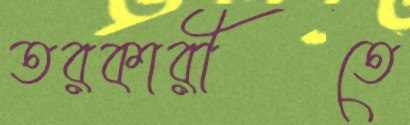
তরকারীতে